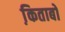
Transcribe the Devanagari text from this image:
कि़ताबों